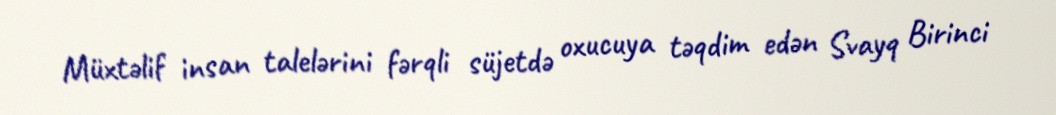
Müxtəlif insan talelərini fərqli süjetdə oxucuya təqdim edən Svayq Birinci